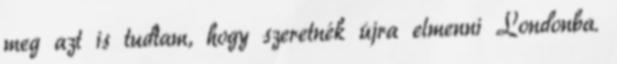
meg azt is tudtam, hogy szeretnék újra elmenni Londonba.